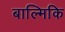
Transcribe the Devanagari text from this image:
बाल्मिकि